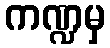
ကဏ္ဍမှ